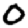
Digit: 0